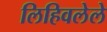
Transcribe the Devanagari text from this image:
लिहिवलेले